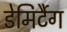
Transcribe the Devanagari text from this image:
डेमिर्टैग